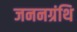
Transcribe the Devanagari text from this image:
जननग्रंथि